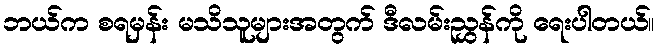
ဘယ်က စရမှန်း မသိသူများအတွက် ဒီလမ်းညွှန်ကို ရေးပါတယ်။